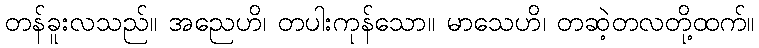
တန်ခူးလသည်။ အညေဟိ၊ တပါးကုန်သော။ မာသေဟိ၊ တဆဲ့တလတို့ထက်။